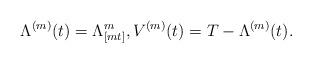
LaTeX: \begin{align*}\Lambda^{(m)}(t)=\Lambda^m_{[mt]}, V^{(m)}(t)=T-\Lambda^{(m)}(t).\end{align*}